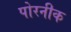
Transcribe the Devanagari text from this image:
पोरनीक